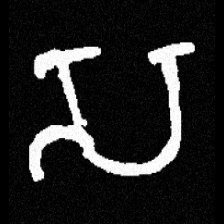
Pyu character \u2014 Myanmar letter: သ (romanized: sa)